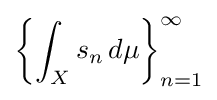
\left\{\int _{X}s_{n}\,d\mu \right\}_{n=1}^{\infty }